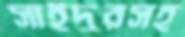
সাইদুরসহ